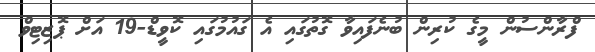
ފްރާންސުން މީގެ ކުރިން ބުނެފައިވާ ގޮތުގައި އެ ގައުމުގައި ކޮވީޑް-19 އަށް ޕޮޒިޓިވް